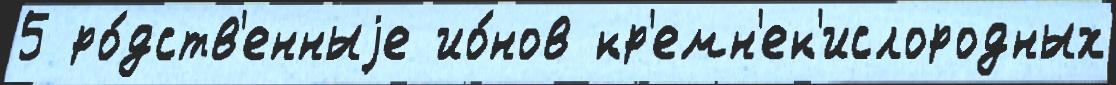
5 ро́дств'енныjе ио́нов кр'емн'ек'ислородных